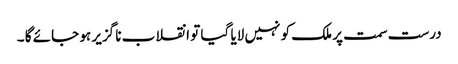
درست سمت پر ملک کو نہیں لایا گیا تو انقلاب نا گزیر ہو جائے گا ۔